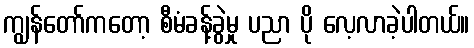
ကျွန်တော်ကတော့ စီမံခန့်ခွဲမှု ပညာ ပို လေ့လာခဲ့ပါတယ်။